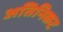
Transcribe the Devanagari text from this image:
अतिनिकट